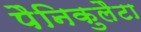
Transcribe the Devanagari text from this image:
पैनिकुलैटा